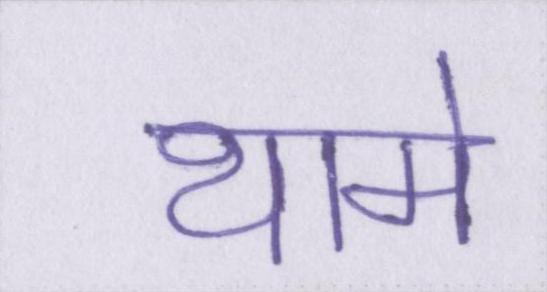
थामे